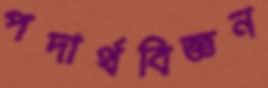
পদার্থবিজ্ঞন